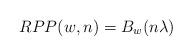
LaTeX: \begin{align*} RPP(w,n)=B_w(n\lambda) \end{align*}